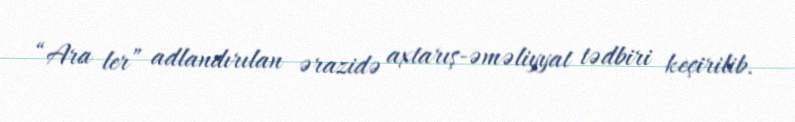
“Ara ler” adlandırılan ərazidə axtarış-əməliyyat tədbiri keçirilib.